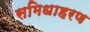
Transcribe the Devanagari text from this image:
समिधाहरण